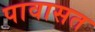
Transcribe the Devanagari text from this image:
पावासत